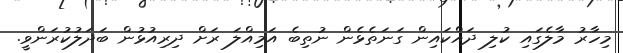
މިހާރު މާލެގައި ކުލި ދައްކައިން ގަނަތެޅެން ނުތިބެ އަމިއްލަ ރަށް ދިރިއުޅުން ބަދަލުކުރަންވީ.